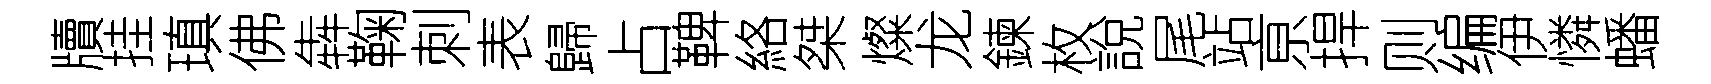
牘挂瑱佛犇鞠刺表歸占鞞絡桀燦龙鍊枚說尾站亰捍则编伊憐蟠